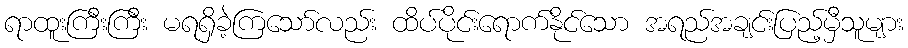
ရာထူးကြီးကြီး မရရှိခဲ့ကြသော်လည်း ထိပ်ပိုင်းရောက်နိုင်သော အရည်အချင်းပြည့်မှီသူများ